Lunatic asylums Central Provinces reports 1886-1894 - 1886-1894
Year: 1886
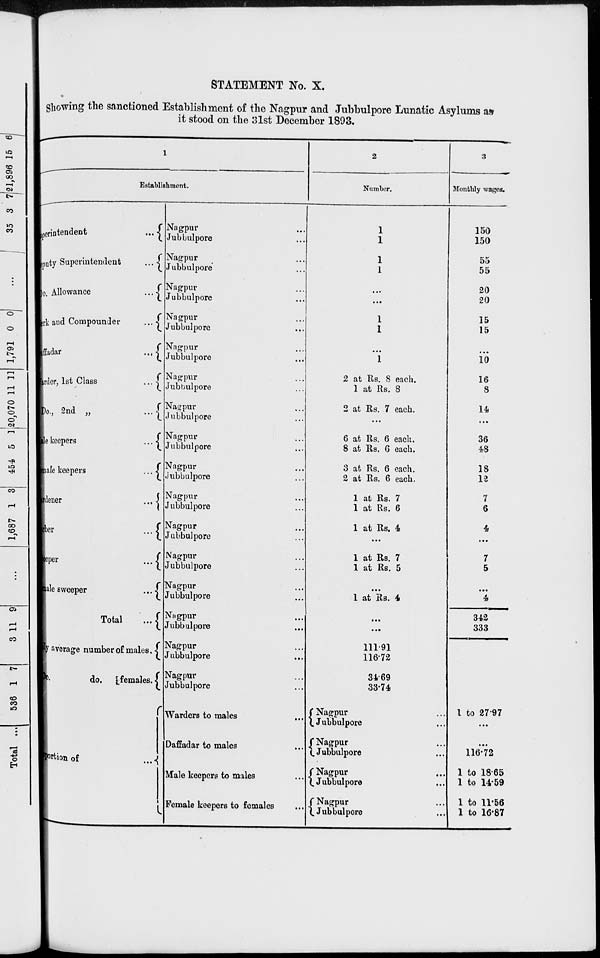
STATEMENT No. X.
Showing the sanctioned Establishment of the Nagpur and Jubbulpore Lunatic Asylums as
it stood on the 3lst December 1893.
1
Establishment.
superintendent
...
puty Superintendent
...
o. Allowance ...
rk and Compounder
...
ffadar ...
order, 1st Class
...
Do., 2nd „
...
le keepers
...
Sale keepers
...
dener
...
ber
...
eper
...
ale sweeper
...
Total
...
average number of males.
do.
females.
Portion
of
...
Nagpur ...
Jubbulpore ...
Nagpur ...
Jubbulpore ...
Nagpur ...
Jubbulpore ...
Nagpur ...
Jubbulpore ...
Nagpur ...
Jubbulpore ...
Nagpur ...
Jubbulpore ...
Nagpur ...
Jubbulpore ...
Nagpur ...
Jubbulpore ...
Nagpur ...
Jubbulpore ...
Nagpur ...
Jubbulpore ...
Nagpur ...
Jubbulpore ...
Nagpur ...
Jubbulpore ...
Nagpur ...
Jubbulpore ...
Nagpur ...
Jubbulpore ...
Nagpur ...
Jubbulpore ...
Nagpur ...
Jubbulpore ...
Warders to males ...
Daffadar to males ...
Male keepers to males ...
Female keepers to females ...
2
Number.
1
1
1
1
...
...
1
1
...
1
2 at Rs. 8 each.
1 at Rs. 8
2 at Rs. 7 each.
...
6 at Rs. 6 each.
8 at Rs. 6 each.
3 at Rs. 6 each.
2 at Rs. 6 each.
1 at Rs. 7
1 at Rs. 6
1 at Rs. 4
...
1 at Rs. 7
1 at Rs. 5
...
1 at Rs. 4
...
...
111.91
116.72
34.69
33.74
Nagpur ...
Jubbulpore ...
Nagpur ...
Jubbulpore ...
Nagpur
...
Jubbulpore ...
Nagpur ...
Jubbulpore ...
3
Monthly wages.
150
150
55
55
20
20
15
15
...
10
16
8
14
...
36
48
18
12
7
6
4
...
7
5
...
4
342
333
1 to 27.97
...
...
116.72
1 to 18.65
1 to 14.59
1 to 11.56
1 to 16.87